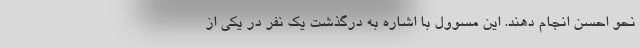
نحو احسن انجام دهند. این مسوول با اشاره به درگذشت یک نفر در یکی از